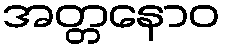
အတ္တနောဝ